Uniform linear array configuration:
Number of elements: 16
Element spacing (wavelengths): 1
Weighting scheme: cosine
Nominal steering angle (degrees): -15
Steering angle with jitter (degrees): -13.935
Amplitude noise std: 0.05
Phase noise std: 0.05

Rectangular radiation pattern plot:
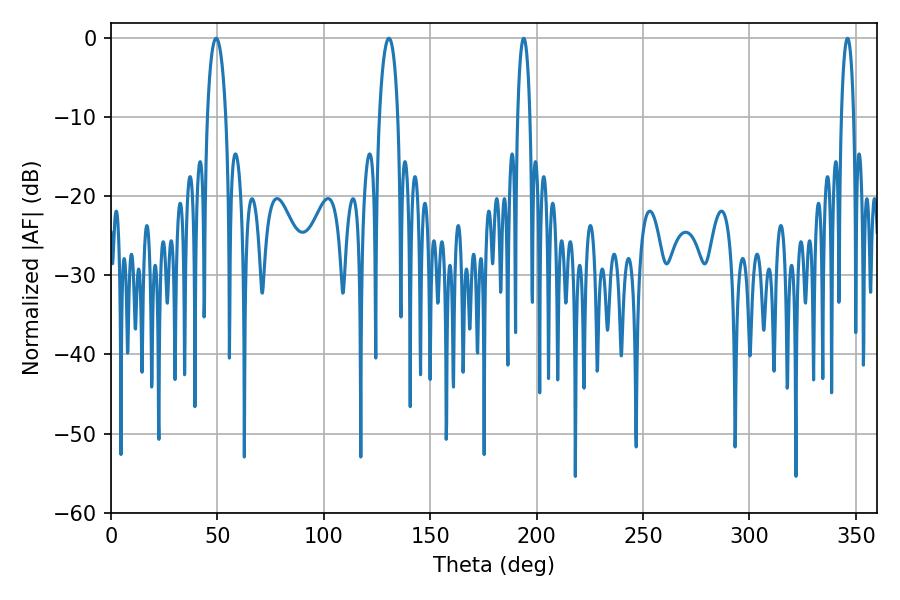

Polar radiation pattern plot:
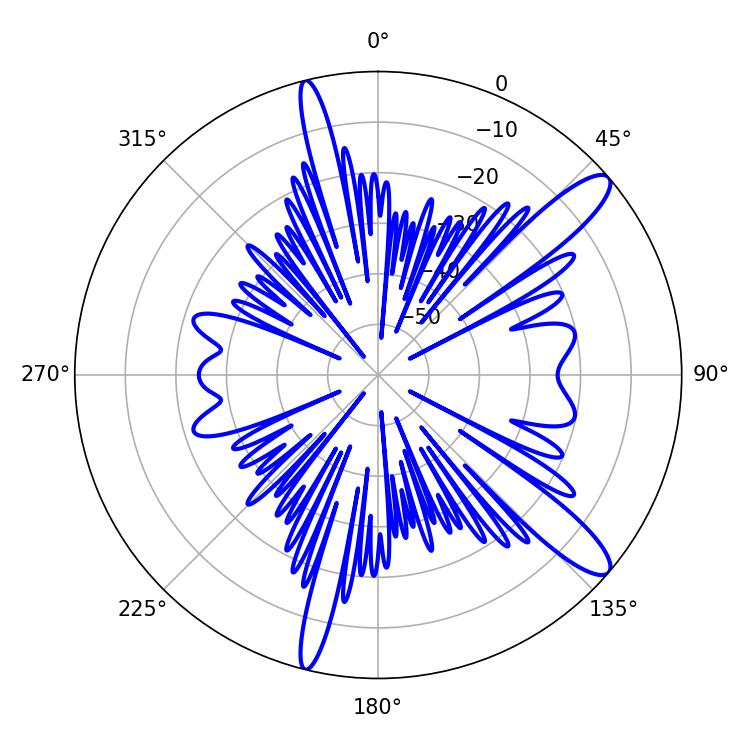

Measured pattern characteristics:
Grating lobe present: TRUE
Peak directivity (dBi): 12.369
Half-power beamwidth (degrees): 5.04
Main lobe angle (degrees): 49.5